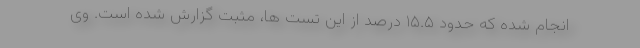
انجام شده که حدود ۱۵.۵ درصد از این تست ها، مثبت گزارش شده است. وی